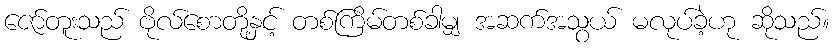
ဇော်တူးသည် ဗိုလ်စောတို့နှင့် တစ်ကြိမ်တစ်ခါမျှ အဆက်အသွယ် မလုပ်ခဲ့ဟု ဆိုသည်။